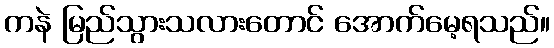
ကနဲ မြည်သွားသလားတောင် အောက်မေ့ရသည်။